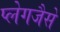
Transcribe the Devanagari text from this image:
प्लेगजैसे